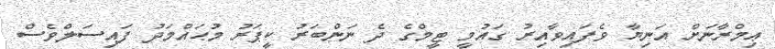
ޢިމްރާނަށް އަނިޔާ ވެފައިވާއިރު ގައުމީ ޓީމްގެ ދެ ނަންބަރު ކީޕަރު މުޙައްމަދު ފައިސަލްވެސް